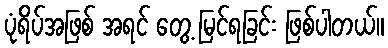
ပုံရိပ်အဖြစ် အရင် တွေ့ မြင်ရခြင်း ဖြစ်ပါတယ်။